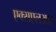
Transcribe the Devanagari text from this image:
एक्सएलआर